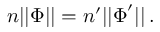
n | | \boldsymbol \Phi | | = n ^ { \prime } | | \boldsymbol \Phi ^ { \prime } | | \, .